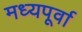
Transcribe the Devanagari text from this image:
मध्यपूर्वा